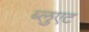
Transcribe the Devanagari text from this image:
ब्लुएट